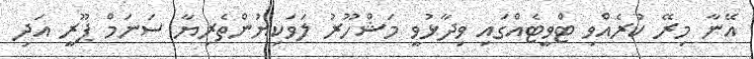
އޭނާ މިރޭ ކުރެއްވި ޓްވީޓެއްގައި ވިދާޅުވީ މަޝްހޫރު ލަވަކިޔުންތެރިޔާ ސަނަމް ޕޫރީ އަދި